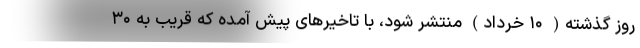
روز گذشته( ۱۰ خرداد) منتشر شود، با تاخیرهای پیش آمده که قریب به ۳۰